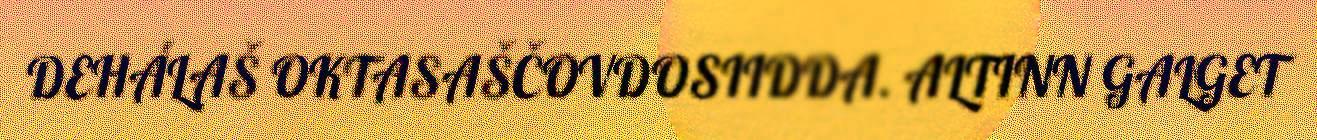
DEHÁLAŠ OKTASAŠČOVDOSIIDDA. ALTINN GALGET